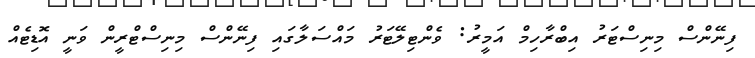
ފިނޭންސް މިނިސްޓަރު އިބްރާހިމް އަމީރު: ވެންޓިލޭޓަރު މައްސަލާގައި ފިނޭންސް މިނިސްޓްރީން ވަނީ އޮޑިޓެއް